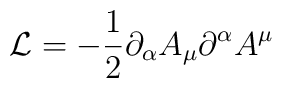
{\cal L}=-\frac{1}{2}\partial_{\alpha}A_{\mu}\partial^{\alpha}A^{\mu}